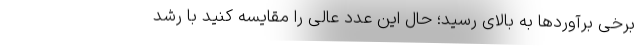
برخی برآوردها به بالای رسید؛ حال این عدد عالی را مقایسه کنید با رشد